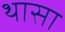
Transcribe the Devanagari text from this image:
थासा